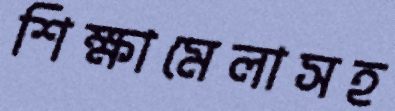
শিক্ষামেলাসহ